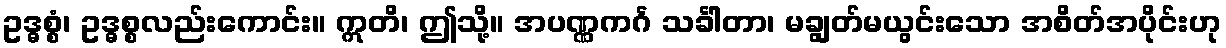
ဥဒ္ဓစ္စံ၊ ဥဒ္ဓစ္စလည်းကောင်း။ ဣတိ၊ ဤသို့။ အပဏ္ဏကင်္ဂ သင်္ခါတာ၊ မချွတ်မယွင်းသော အစိတ်အပိုင်းဟု